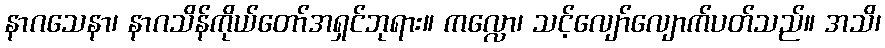
နာဂသေနာ၊ နာဂသိန်ကိုယ်တော်အရှင်ဘုရား။ ကလ္လော၊ သင့်လျော်လျောက်ပတ်သည်။ အသိ၊